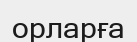
орларға